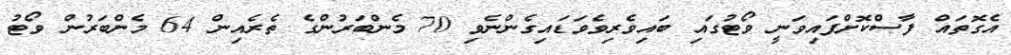
އެގޮތައް ފާސްކޮށްފައިވަނީ ވޯޓުގައި ބައިވެރިވެވަޑައިގެންނެވި 70 މެންބަރުންގެ ތެރެއިން 64 މެންބަރުން ވޯޓު